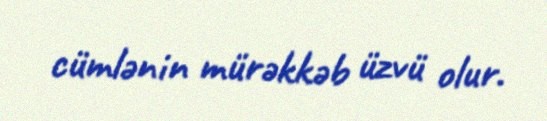
cümlənin mürəkkəb üzvü olur.